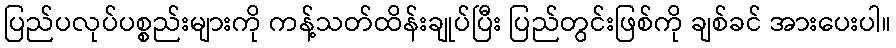
ပြည်ပလုပ်ပစ္စည်းများကို ကန့်သတ်ထိန်းချုပ်ပြီး ပြည်တွင်းဖြစ်ကို ချစ်ခင် အားပေးပါ။